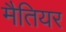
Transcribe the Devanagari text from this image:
मैतियर